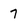
Character: 7